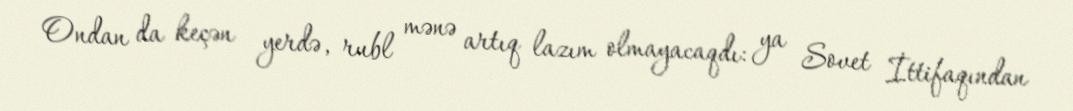
Ondan da keçən yerdə, rubl mənə artıq lazım olmayacaqdı: ya Sovet İttifaqından